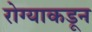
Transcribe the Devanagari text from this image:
रोग्याकडून